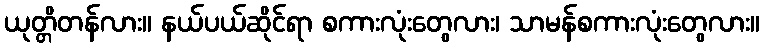
ယုတ္တိတန်လား။ နယ်ပယ်ဆိုင်ရာ စကားလုံးတွေလား၊ သာမန်စကားလုံးတွေလား။